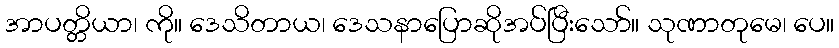
အာပတ္တိယာ၊ ကို။ ဒေသိတာယ၊ ဒေသနာပြောဆိုအပ်ပြီးသော်။ သုဏာတုမေ၊ ပေ။